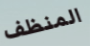
المنظف